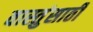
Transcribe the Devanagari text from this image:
वास्तुंसाठी